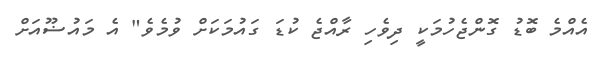
އެއްމެ ބޮޑު ގޮންޖެހުމަކީ ދިވެހި ރާއްޖެ ކުޑަ ގައުމަކަށް ވުމެވެ" އެ މައުޟޫއަށް